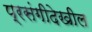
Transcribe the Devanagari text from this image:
प्रसंगीदेखील